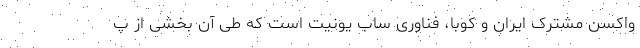
واکسن مشترک ایران و کوبا، فناوری ساب یونیت است که طی آن بخشی از پ